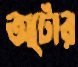
অটোর